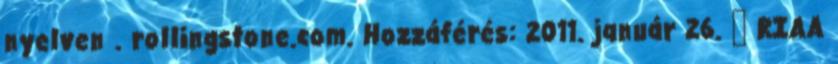
nyelven . rollingstone.com. Hozzáférés: 2011. január 26. ↑ RIAA